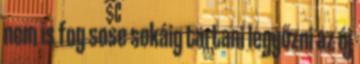
nem is fog sose sokáig tartani legyőzni az új